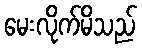
မေးလိုက်မိသည်